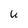
Character: U